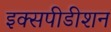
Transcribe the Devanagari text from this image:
इक्सपीडीशन